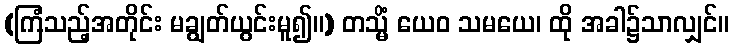
(ကြံသည့်အတိုင်း မချွတ်ယွင်းမူ၍။) တသ္မိံ ယေဝ သမယေ၊ ထို အခါ၌သာလျှင်။